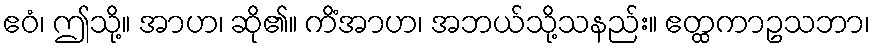
ဧဝံ၊ ဤသို့။ အာဟ၊ ဆို၏။ ကိံအာဟ၊ အဘယ်သို့သနည်း။ ဧတ္ထကာဥသဘာ၊